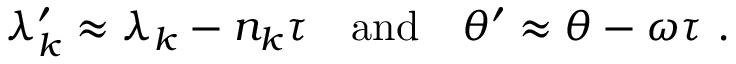
\lambda _ { k } ^ { \prime } \approx \lambda _ { k } - n _ { k } \tau \quad \mathrm { a n d } \quad \theta ^ { \prime } \approx \theta - \omega \tau \ .